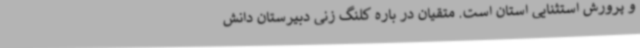
و پرورش استثنایی استان است. متقیان در باره کلنگ زنی دبیرستان دانش